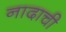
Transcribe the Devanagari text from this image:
नादाची